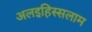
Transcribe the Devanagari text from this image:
अलइहिस्सलाम